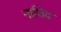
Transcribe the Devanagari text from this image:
नाशिद